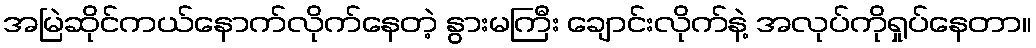
အမြဲဆိုင်ကယ်နောက်လိုက်နေတဲ့ နွားမကြီး ချောင်းလိုက်နဲ့ အလုပ်ကိုရှုပ်နေတာ။